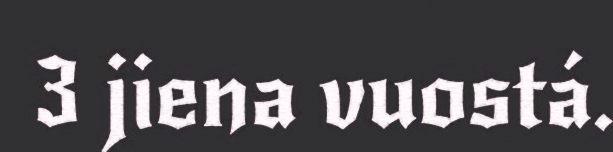
3 jiena vuostá.